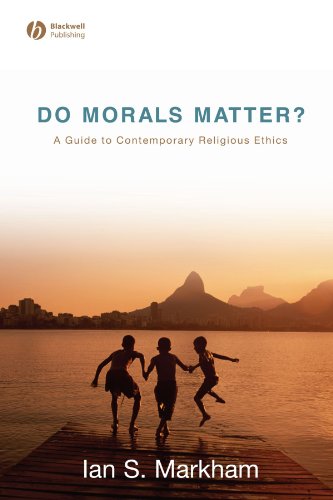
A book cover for Do Morals Matter? A Guide to Contemporary Religious Ethics; Ian S. Markham; Religion & Spirituality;